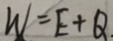
W = E + Q .